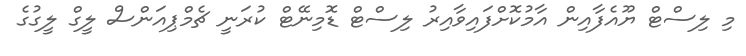
މި ލިސްޓް ޔޫއެފާއިން އާމުކޮށްފައިވާއިރު ލިސްޓް ޑޮމިނޭޓް ކުރަނީ ޗެމްޕިއަންސް ލީގް ލީގުގެ